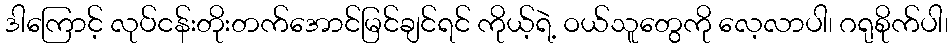
ဒါကြောင့် လုပ်ငန်းတိုးတက်အောင်မြင်ချင်ရင် ကိုယ့်ရဲ့ ဝယ်သူတွေကို လေ့လာပါ၊ ဂရုစိုက်ပါ၊